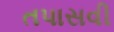
તપાસવી